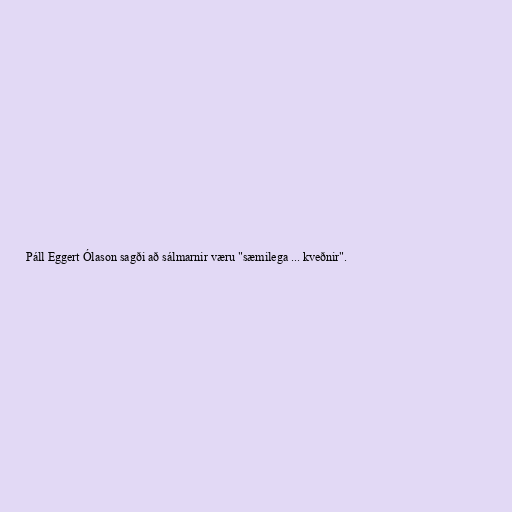
Páll Eggert Ólason sagði að sálmarnir væru "sæmilega ... kveðnir".